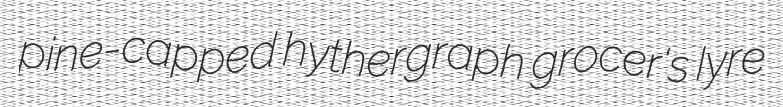
pine-capped hythergraph grocer's Iyre